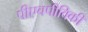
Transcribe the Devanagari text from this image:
पीएचपीविकी